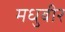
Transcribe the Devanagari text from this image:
मधुबीर